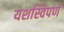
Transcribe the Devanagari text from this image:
यशस्विपणे